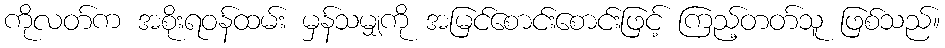
ကိုလတ်က အစိုးရဝန်ထမ်း မှန်သမျှကို အမြင်စောင်းစောင်းဖြင့် ကြည့်တတ်သူ ဖြစ်သည်။